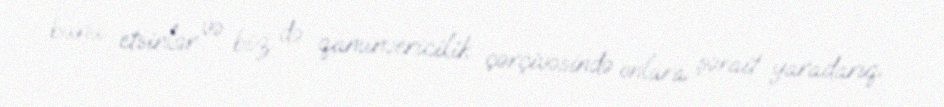
bunu etsinlər və biz də qanunvericilik çərçivəsində onlara şərait yaradarıq.